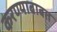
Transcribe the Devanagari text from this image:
करण्‍याबाबत